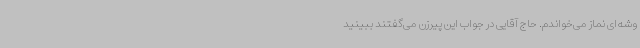
وشه‌ای نماز می‌خواندم. حاج آقایی در جواب این پیرزن می‌گفتند ببینید